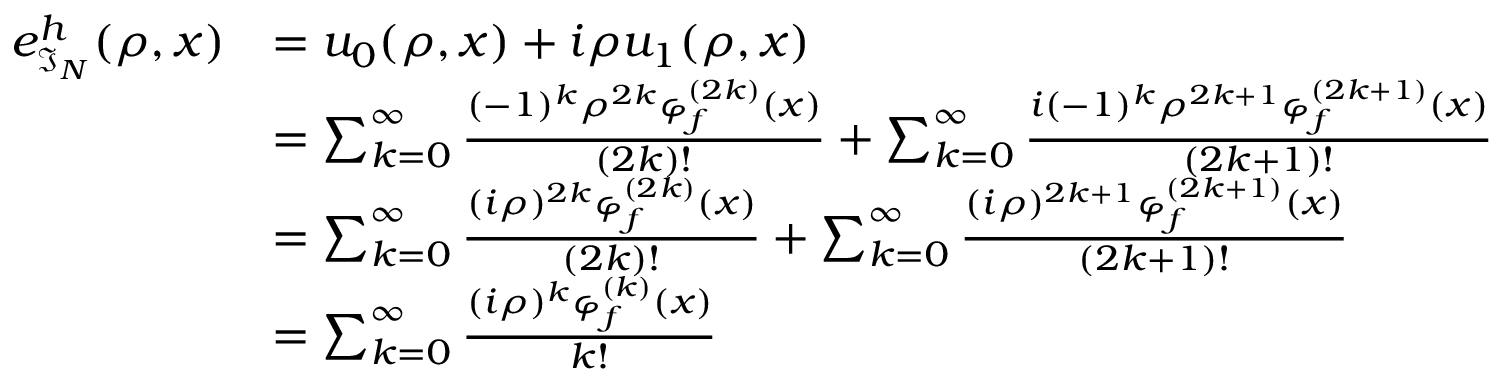
\begin{array} { r l } { e _ { \mathfrak { I } _ { N } } ^ { h } ( \rho , x ) } & { = u _ { 0 } ( \rho , x ) + i \rho u _ { 1 } ( \rho , x ) } \\ & { = \sum _ { k = 0 } ^ { \infty } \frac { ( - 1 ) ^ { k } \rho ^ { 2 k } \varphi _ { f } ^ { ( 2 k ) } ( x ) } { ( 2 k ) ! } + \sum _ { k = 0 } ^ { \infty } \frac { i ( - 1 ) ^ { k } \rho ^ { 2 k + 1 } \varphi _ { f } ^ { ( 2 k + 1 ) } ( x ) } { ( 2 k + 1 ) ! } } \\ & { = \sum _ { k = 0 } ^ { \infty } \frac { ( i \rho ) ^ { 2 k } \varphi _ { f } ^ { ( 2 k ) } ( x ) } { ( 2 k ) ! } + \sum _ { k = 0 } ^ { \infty } \frac { ( i \rho ) ^ { 2 k + 1 } \varphi _ { f } ^ { ( 2 k + 1 ) } ( x ) } { ( 2 k + 1 ) ! } } \\ & { = \sum _ { k = 0 } ^ { \infty } \frac { ( i \rho ) ^ { k } \varphi _ { f } ^ { ( k ) } ( x ) } { k ! } } \end{array}